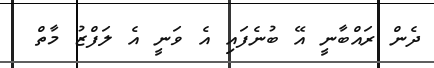
ދެން ރައްބާނީ އޭ ބުނެފައި އެ ވަނީ އެ ލަފްޒު މާތް